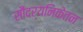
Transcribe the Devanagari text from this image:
सौंदर्यनिकेतन